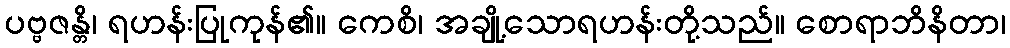
ပဗ္ဗဇန္တိ၊ ရဟန်းပြုကုန်၏။ ကေစိ၊ အချို့သောရဟန်းတို့သည်။ စောရာဘိနိတာ၊